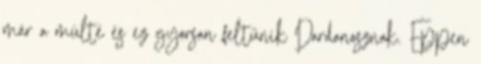
már a múlté és ez gyorsan feltűnik Dardanosznak. Éppen